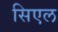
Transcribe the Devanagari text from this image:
सिएल